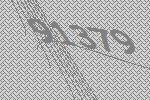
91379